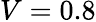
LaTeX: V=0.8